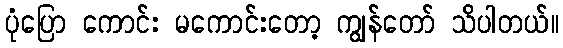
ပုံပြော ကောင်း မကောင်းတော့ ကျွန်တော် သိပါတယ်။